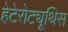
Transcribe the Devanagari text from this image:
हेटेरोट्यूथिस